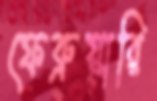
ফেব্রুয়ারি